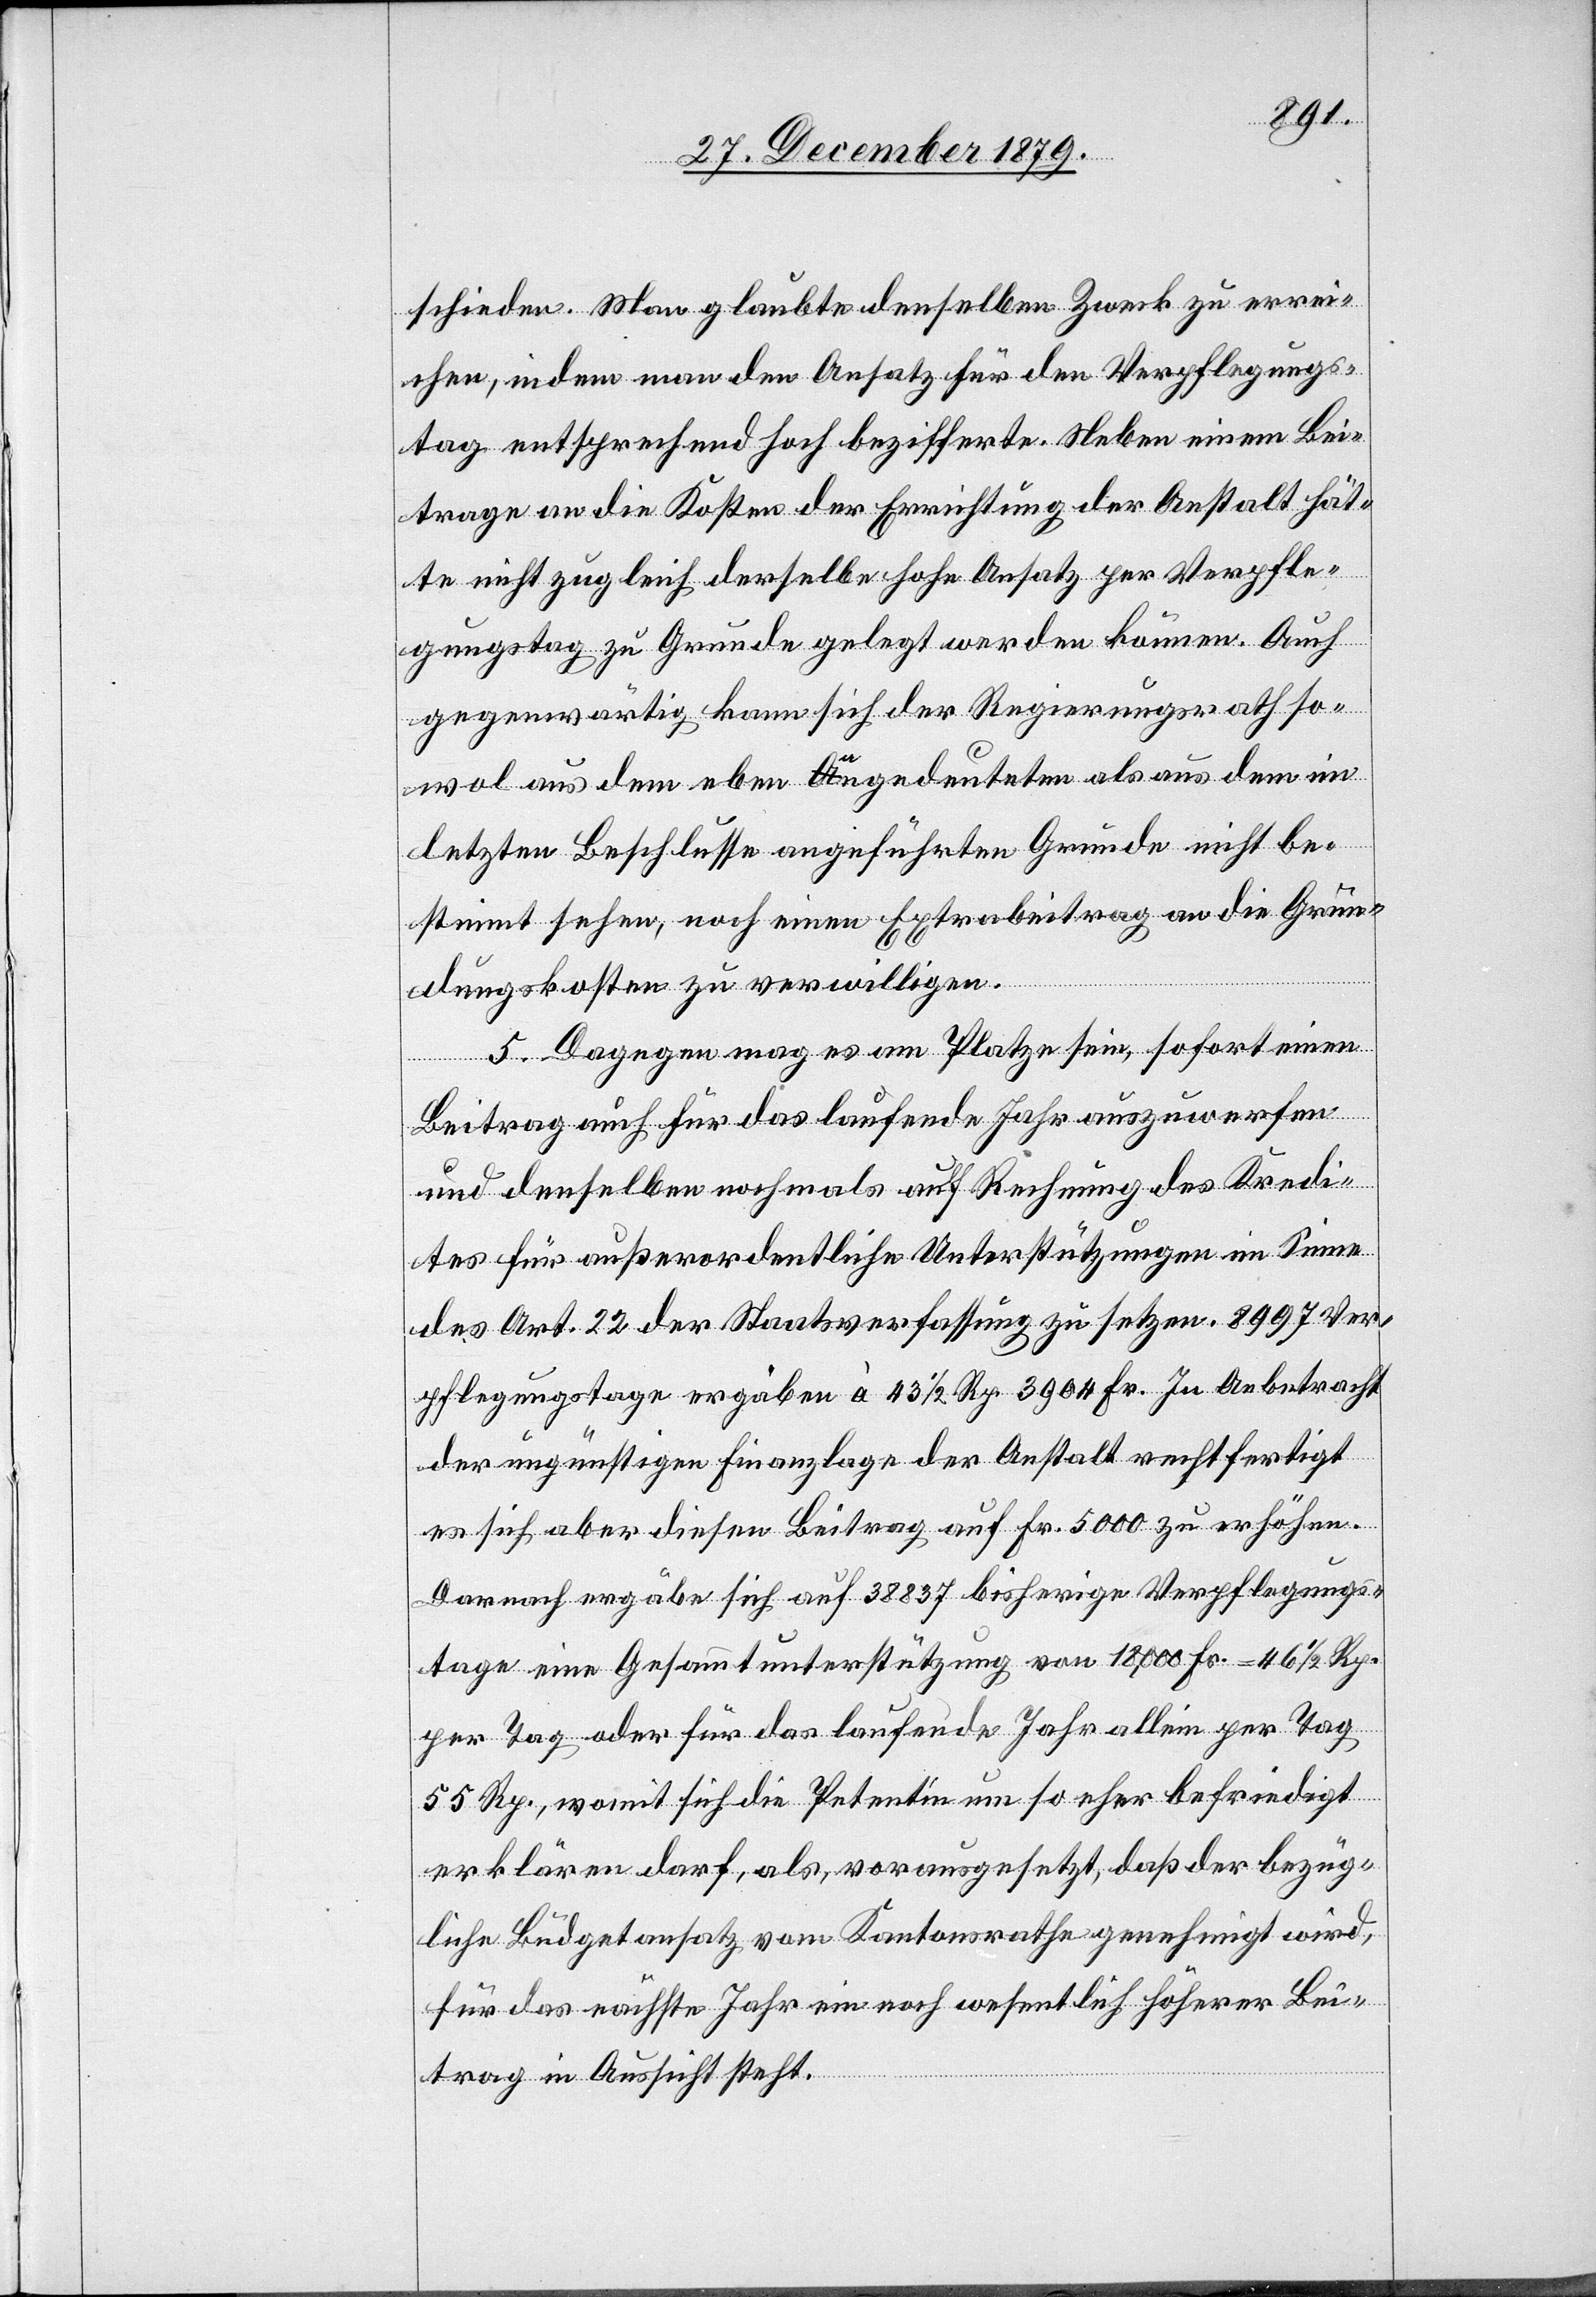
schieden. Man glaubte denselben Zweck zu errei¬
chen, indem man den Ansatz für den Verpflegungs¬
tag entsprechend hoch bezifferte. Neben einem Bei¬
trage an die Kosten der Errichtung der Anstalt hät¬
te nicht zugleich derselbe hohe Ansatz per Verpfle¬
gungstage zu Grunde gelegt werden können. Auch
gegenwärtig kann sich der Regierungsrath so¬
wol aus dem eben angedeuteten als aus dem im
letzten Beschlusse angeführten Grunde nicht be¬
stimmt sehen, noch einen Expertenbeitrag an die Grün¬
dungskosten zu verwilligen.
5. Dagegen mag es am Platze sein, sofort einen
Beitrag auch für das laufende Jahr auszuwerfen
und denselben nochmals auf Rechnung des Kredi¬
tes für außerordentliche Unterstützungen im Sinne
des Art. 22 der Staatsverfassung zu setzen. 8997 Ver¬
pflegungstage ergäben à 43 1/2 Rp. 3904 Fr. In Anbetracht
der ungünstigen Finanzlage der Anstalt rechtfertigt
es sich aber diesen Beitrag auf Fr. 5000 zu erhöhen.
Dennoch ergäbe sich auf 3887 bisherige Verpflegungs¬
tage eine Gesammtunterstützung von 18,000 Fr. = 46 1/2 Rp.
per Tag oder für das laufende Jahr allein per Tag
55 Rp., womit sich die Petentin um so eher befriedigt
erklären darf, als, vorausgesetzt, daß der bezüg¬
liche Büdgetansatz vom Kantonsrathe genehmigt wird,
für das nächste Jahr ein noch wesentlich höherer Bei¬
trag in Aussicht steht.